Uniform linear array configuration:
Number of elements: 12
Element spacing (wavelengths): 1
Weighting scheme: cosine
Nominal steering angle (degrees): -15
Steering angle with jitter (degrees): -15.31
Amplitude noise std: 0.05
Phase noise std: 0.05

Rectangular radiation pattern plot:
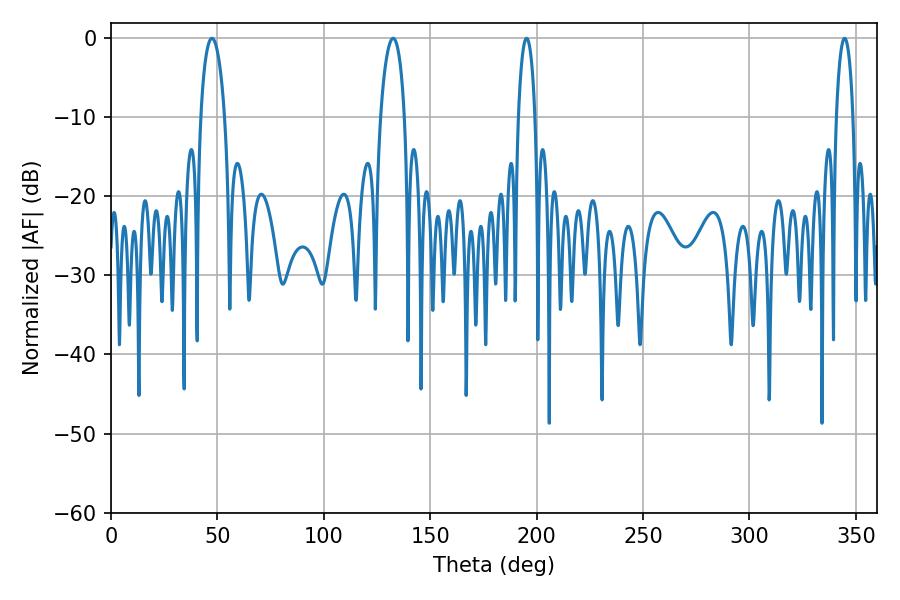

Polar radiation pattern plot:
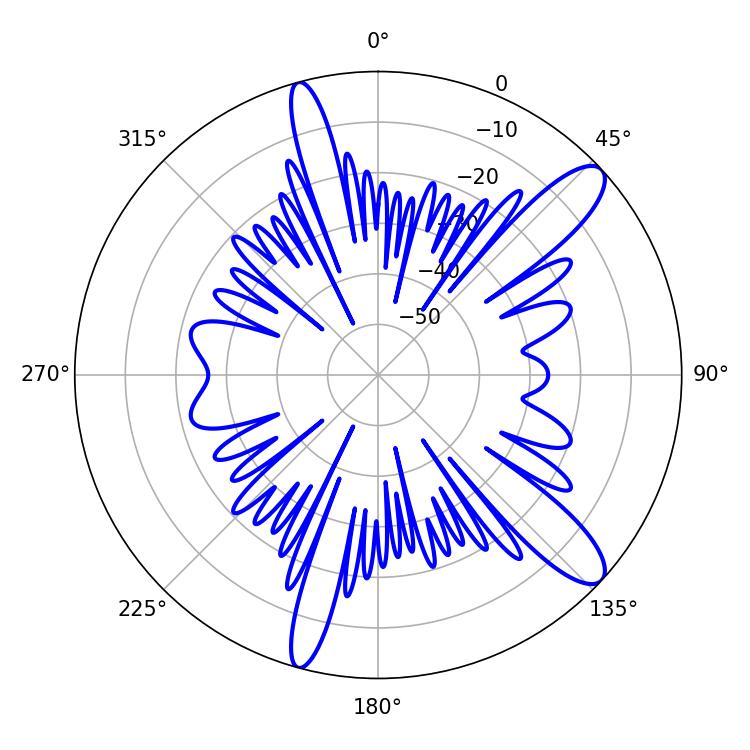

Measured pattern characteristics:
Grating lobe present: TRUE
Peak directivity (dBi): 11.748
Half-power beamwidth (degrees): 4.32
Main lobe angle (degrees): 344.7